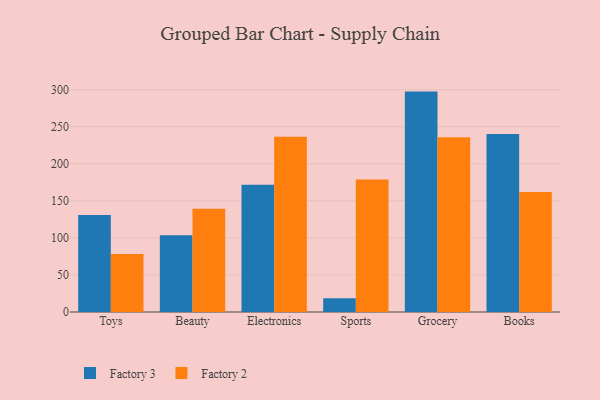
{"axis": {"x": "Category", "y": "Net Income (USD K)"}, "legend": ["Factory 2", "Factory 3"], "data": [{"x": "Toys", "y": 131.0, "type": "Factory 3"}, {"x": "Toys", "y": 78.3, "type": "Factory 2"}, {"x": "Beauty", "y": 103.4, "type": "Factory 3"}, {"x": "Beauty", "y": 139.4, "type": "Factory 2"}, {"x": "Electronics", "y": 171.5, "type": "Factory 3"}, {"x": "Electronics", "y": 236.4, "type": "Factory 2"}, {"x": "Sports", "y": 18.5, "type": "Factory 3"}, {"x": "Sports", "y": 178.6, "type": "Factory 2"}, {"x": "Grocery", "y": 297.3, "type": "Factory 3"}, {"x": "Grocery", "y": 235.8, "type": "Factory 2"}, {"x": "Books", "y": 240.1, "type": "Factory 3"}, {"x": "Books", "y": 161.9, "type": "Factory 2"}]}